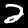
Label: 2